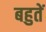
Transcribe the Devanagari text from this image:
बहुतें